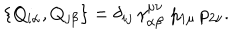
\left\{ Q _ { i \alpha } , Q _ { j \beta } \right\} = \delta _ { i j } \, \gamma _ { \alpha \beta } ^ { \mu \nu } \, \, p _ { 1 \mu } \, p _ { 2 \nu } .